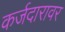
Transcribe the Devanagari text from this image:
कर्जदारावर